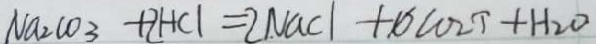
N a _ { 2 } C O _ { 3 } + 2 H C l = 2 N a C l + 1 0 C O _ { 2 } \uparrow + H _ { 2 } O